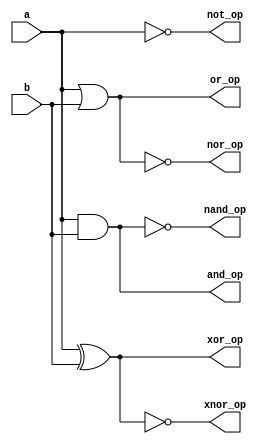
module gates(a,b,not_op,and_op,nand_op,or_op,nor_op,xor_op,xnor_op);
input a,b;
output not_op,and_op,nand_op,or_op,nor_op,xor_op,xnor_op;

assign not_op = ~(a);
assign and_op = a&b;
assign nand_op = ~(a&b);
assign or_op = a|b;
assign nor_op = ~(a|b);
assign xor_op = a^b;
assign xnor_op = ~(a^b);
endmodule

module test;
wire not_op,and_op,nand_op,or_op,nor_op,xor_op,xnor_op;
reg a=1'b0,b=1'b0;

gates g1(a,b,not_op,and_op,nand_op,or_op,nor_op,xor_op,xnor_op);

initial 
begin
    $dumpfile("1_logicgates_test.vcd");
    $dumpvars(0,test);
    
    #5  begin a = 1'b0;b = 1'b1; end
    #5  begin a = 1'b1;b = 1'b0; end
    #5  begin a = 1'b1;b = 1'b1; end
    #5 $finish;
end

always @(a or b)
   $strobe("At time=(%0t),a=(%0d),b=(%0d)",$time,a,b); 

endmodule